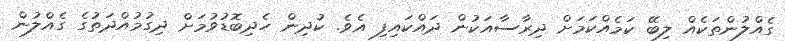
ގެއްލުންތަކެއް ލިބޭ ކަމެއްކަމަށް ދިރާސާއަކުން ދައްކައިފި އެވެ. ކުދިން ހެދިބޮޑުވުމަށް ދިގުމުއްދަތުގެ ގެއްލުން